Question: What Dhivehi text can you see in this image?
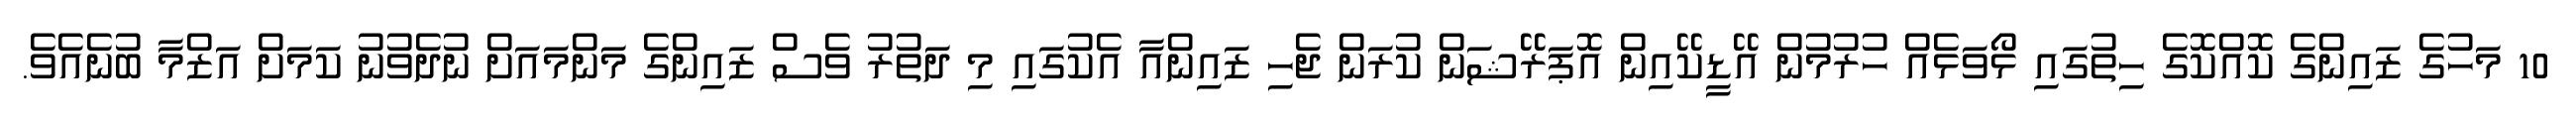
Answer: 10 މަހުގެ ޒައިންގެ ކޮއްކޮގެ ހިތުގައި ޅޯވަޅެއް ހުރުމުން އޭޑީކޭއިން އޮޕަރޭޝަން ކުރަން ޖެހި ޒައިންއާ އެކުގައި މި ދަތުރު ވެސް ޒައިންގެ މަންމައަށް ނުދެވުނު ކަމަށް އަޒްމާ ބުނެއެވެ.